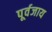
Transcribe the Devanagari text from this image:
पूर्वजाय